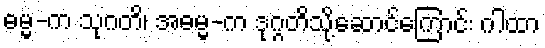
ဓမ္မ-က သုဂတိ၊ အဓမ္မ-က ဒုဂ္ဂတိသို့ဆောင်ကြောင်း ဂါထာ